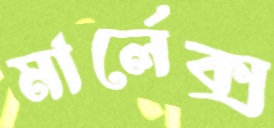
মার্লেক্স